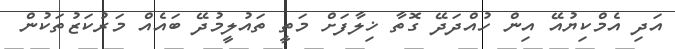
އަދި އެމްކިޔުއޭ އިން ހުއްދަދޭ ގޮތާ ޚިލާފަށް މަތީ ތައުލީމުދޭ ބައެއް މަރުކަޒުތަކުން